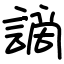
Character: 謫